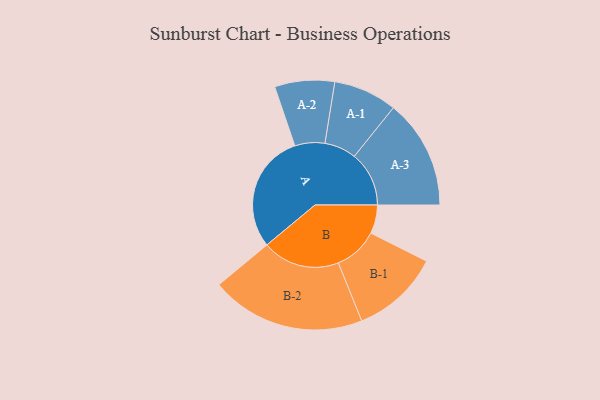
{"axis": {"x": "Segment", "y": "Value"}, "legend": ["", "A", "B"], "data": [{"x": "A", "y": 440, "type": ""}, {"x": "B", "y": 106, "type": ""}, {"x": "A-1", "y": 118, "type": "A"}, {"x": "A-2", "y": 111, "type": "A"}, {"x": "A-3", "y": 203, "type": "A"}, {"x": "B-1", "y": 164, "type": "B"}, {"x": "B-2", "y": 287, "type": "B"}]}